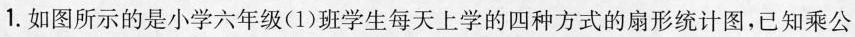
1.如图所示的是小学六年级(1)班学生每天上学的四种方式的扇形统计图，已知乘公